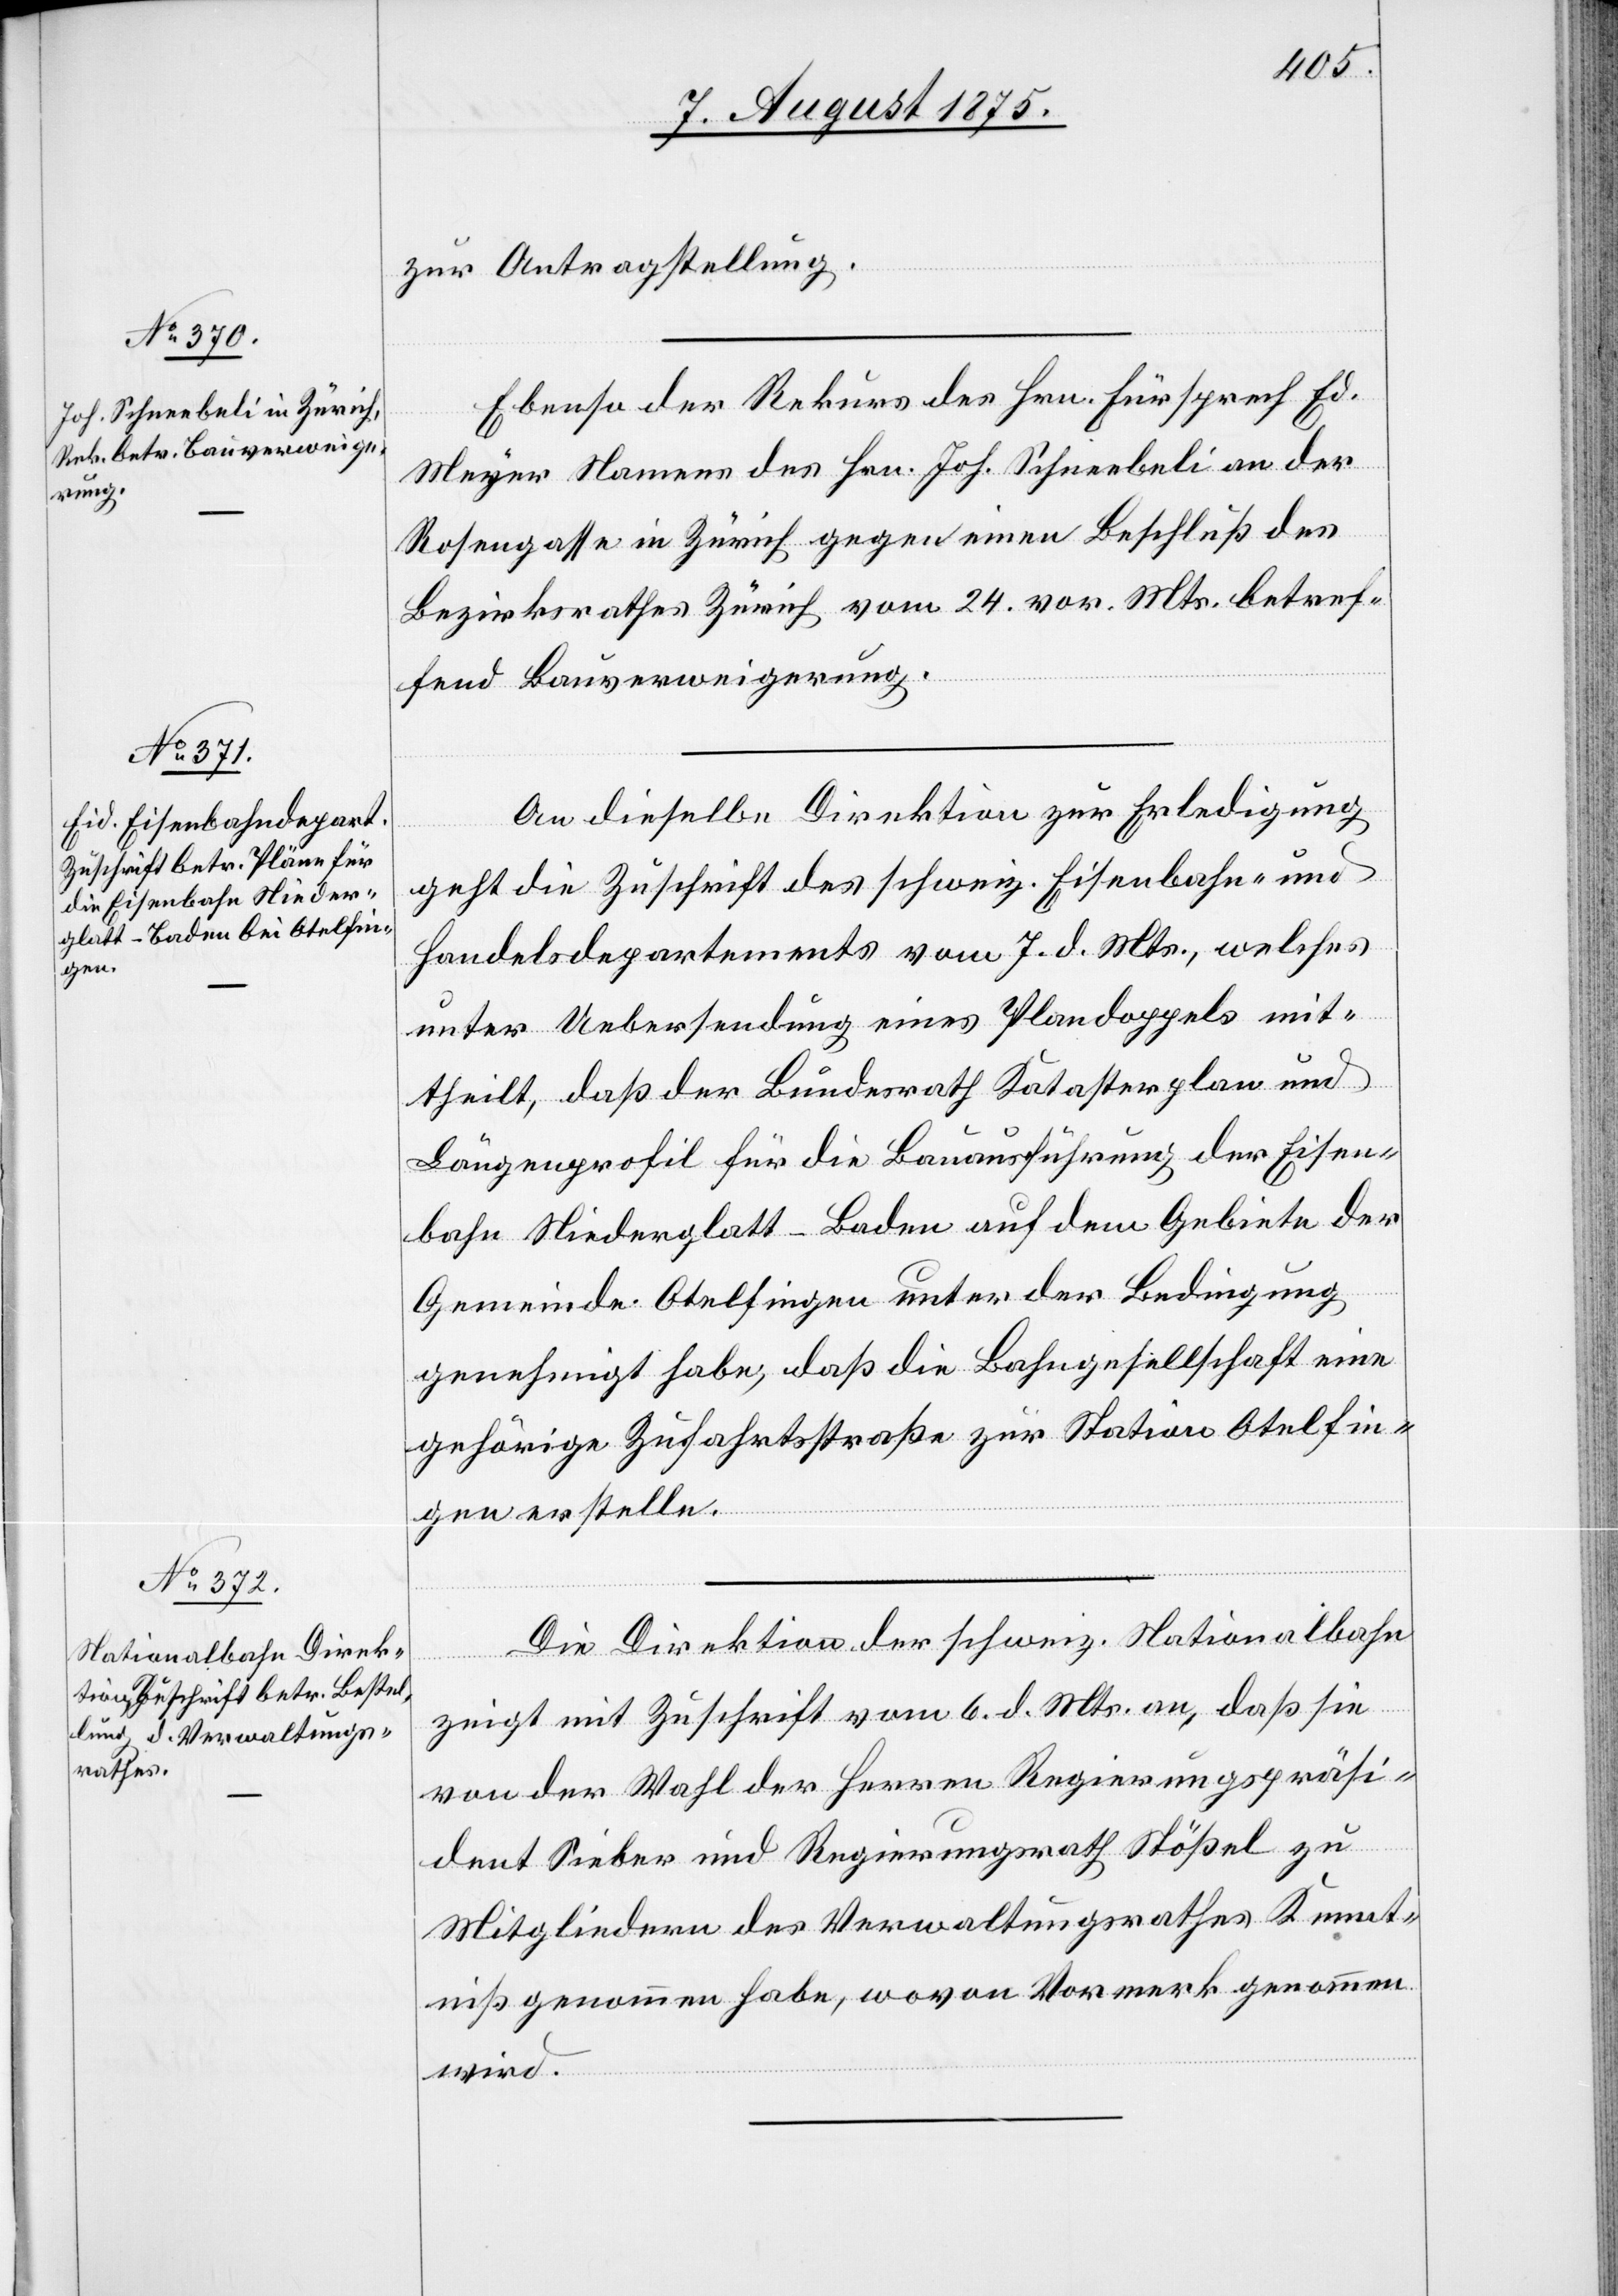
9. August 1875.]
zur Antragstellung.
Ebenso der Rekurs des Hrn. Fürsprech Ed.
Meyer Namens des Hrn. Joh. Schneebeli an der
Rosengasse in Zürich gegen einen Beschluß des
Bezirksrathes Zürich vom 24. vor. Mts. betref¬
fend Bauverweigerung.
An dieselbe Direktion zur Erledigung
geht die Zuschrift des schweiz. Eisenbahn- und
Handelsdepartements vom 7. d. Mts., welches
unter Uebersendung eines Plandoppels mit¬
theilt, daß der Bundesrath Katasterplan und
Längenprofil für die Bauausführung der Eisen¬
bahn Niederglatt–Baden auf dem Gebiete der
Gemeinde Otelfingen unter der Bedingung
genehmigt habe, daß die Bahngesellschaft eine
gehörige Zufahrtsstraße zur Station Otelfin¬
gen erstelle.
Die Direktion der schweiz. Nationalbahn
zeigt mit Zuschrift vom 6. d. Mts. an, daß sie
von der Wahl der Herren Regierungspräsi¬
dent Sieber und Regierungsrath Stößel zu
Mitgliedern des Verwaltungsrathes Kennt¬
niß genommen habe, wovon Vormerk genommen
wird.